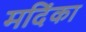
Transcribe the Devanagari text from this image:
मदिंका